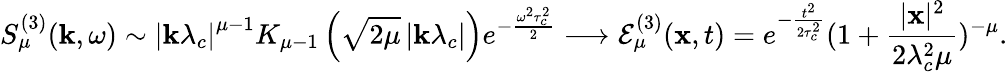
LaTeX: S_{\mu}^{(3)}(\mathbf{k},\omega)\sim\left|\mathbf{k}\lambda_{c}\right|^{\mu-1}K_{\mu-1}\left(\sqrt{2\mu}\left|\mathbf{k}\lambda_{c}\right|\right)e^{-\frac{\omega^{2}\tau_{c}^{2}}{2}}\longrightarrow\mathcal{E}_{\mu}^{(3)}(\mathbf{x},t)=e^{-\frac{t^{2}}{2\tau_{c}^{2}}}(1+\frac{|\mathbf{x}|^{2}}{2\lambda_{c}^{2}\mu})^{-\mu}.